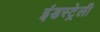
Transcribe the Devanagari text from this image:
इंडस्ट्रेली